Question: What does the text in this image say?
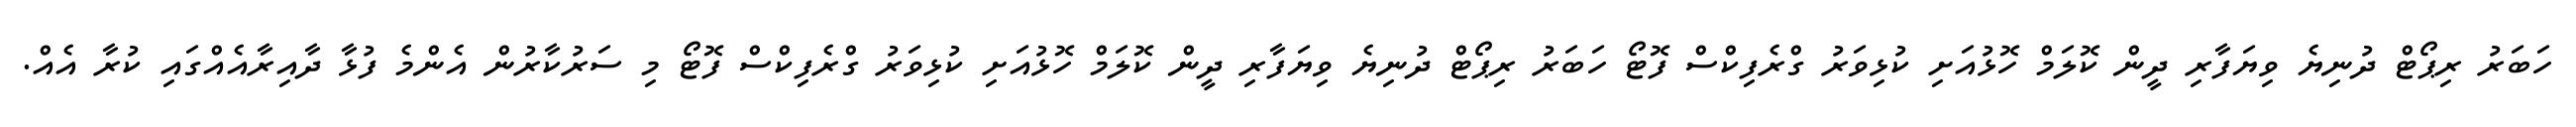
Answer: ހަބަރު ރިޕޯޓް ދުނިޔެ ވިޔަފާރި ދީން ކޮލަމް ހޮޅުއަށި ކުޅިވަރު ގްރެފިކްސް ފޮޓޯ ހަބަރު ރިޕޯޓް ދުނިޔެ ވިޔަފާރި ދީން ކޮލަމް ހޮޅުއަށި ކުޅިވަރު ގްރެފިކްސް ފޮޓޯ މި ސަރުކާރުން އެންމެ ފުޅާ ދާއިރާއެއްގައި ކުރާ އެއް.